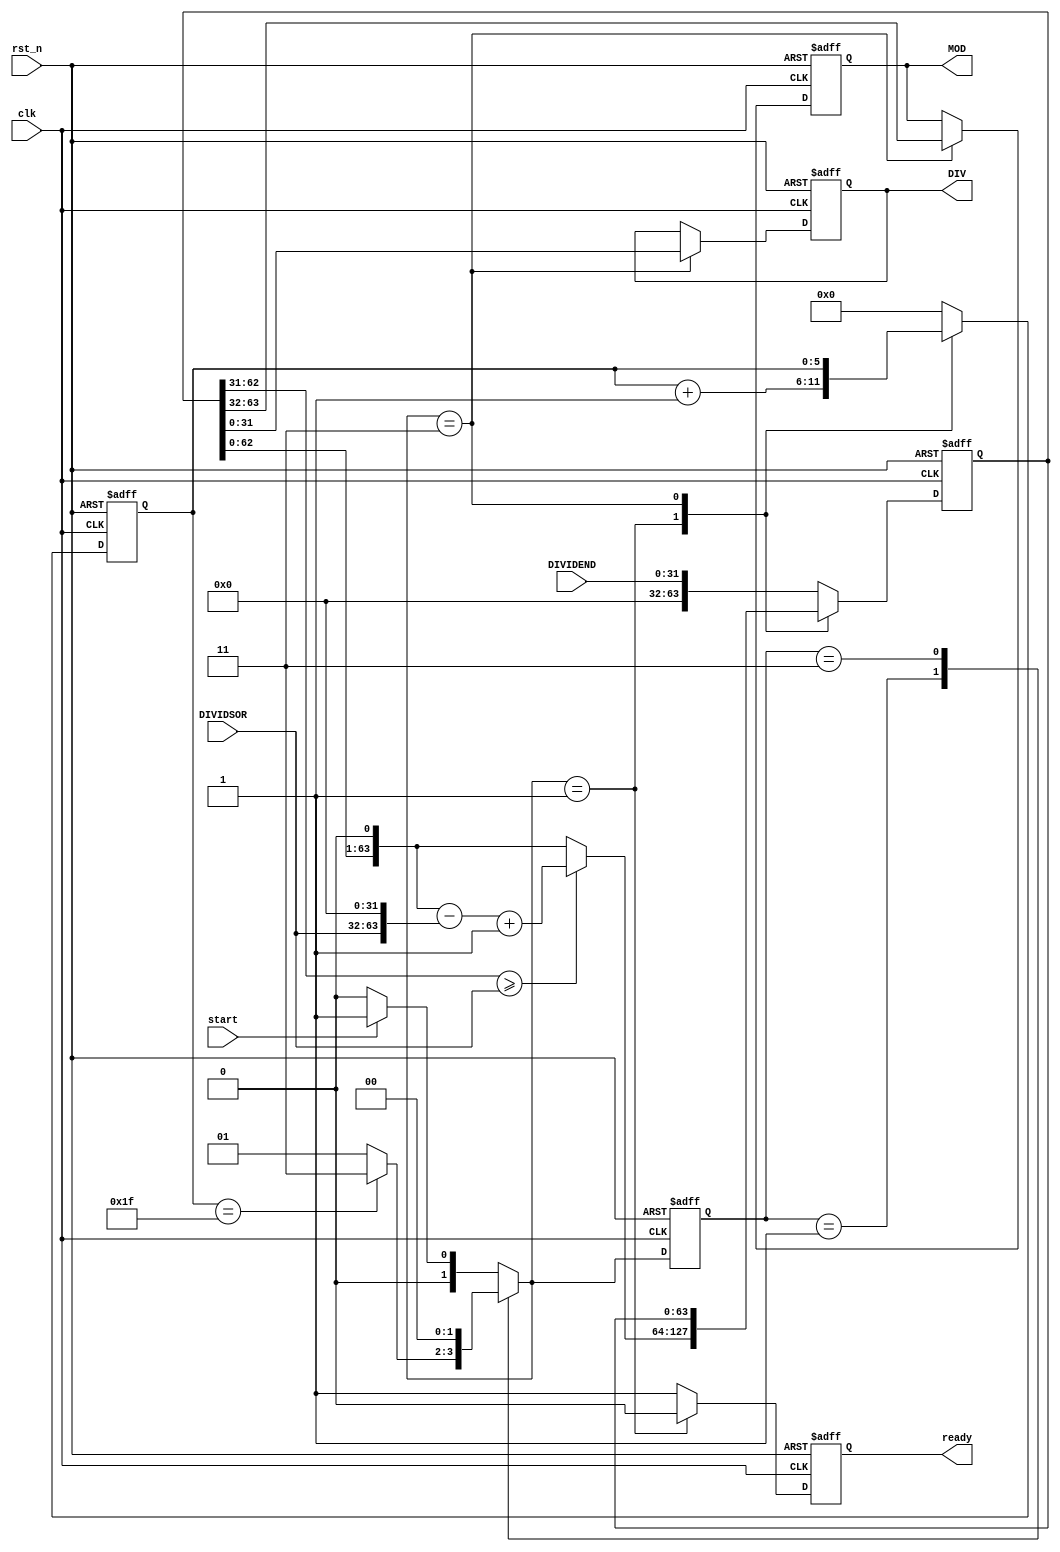
module MulCyc_Div
	(
	input clk,
	input rst_n,
	input [31:0]DIVIDEND,
	input [31:0]DIVIDSOR,
	input start,
	output reg[31:0]DIV,
	output reg[31:0]MOD,
	output reg ready //Calculate done
	);
	parameter IDLE = 2'd0;
	parameter CALC = 2'd1;
	parameter DONE = 2'd3;
	reg [63:0]mid;
	reg [1:0]state;
	reg [5:0]SCNT;
	reg [1:0]next_state;
	always @(posedge clk or negedge rst_n)
	begin
		if(!rst_n)state<=0;
		else state=next_state;
	end
	always @(*)
	begin
		case(state)
		default:
		begin
			if(start)
				next_state=CALC;
			else next_state=IDLE;
		end
		CALC:
		begin
			if(SCNT==5'h1F)next_state=DONE;
			else next_state=CALC;
		end
		DONE:
		begin
			next_state=IDLE;
		end
		endcase
		
	end
	wire [63:0]DVS;//divisor
	wire [63:0]mid_s;
	wire [63:0]mid_o;
	assign DVS={DIVIDSOR,32'h00000000};
	assign mid_s={mid[63:0],1'b0};
	assign mid_o=(mid_s[63:32]>=DIVIDSOR)?(mid_s-DVS+1):mid_s;
	
	always @(posedge clk or negedge rst_n)
	begin
		if(!rst_n)
		begin
			DIV<=0;
			MOD<=0;
			SCNT<=0;
			ready<=1;
			DIV<=0;
			MOD<=0;
			mid<=0;
		end
		else
			case(next_state)
			default://IDLE
			begin
				mid<={32'h00000000,DIVIDEND};
				SCNT<=0;
				ready<=1;
			end
			CALC:
			begin
				ready<=0;
				SCNT<=SCNT+1;
				mid<=mid_o;
			end
			DONE:
			begin
				DIV=mid[31:0];
				MOD=mid[63:32];
				ready<=1;
			end
			endcase
		
	end
endmodule